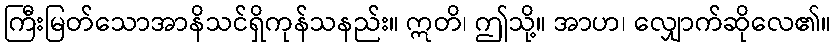
ကြီးမြတ်သောအာနိသင်ရှိကုန်သနည်း။ ဣတိ၊ ဤသို့။ အာဟ၊ လျှောက်ဆိုလေ၏။